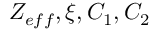
Z _ { e f f } , \xi , C _ { 1 } , C _ { 2 }